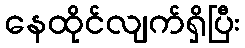
နေထိုင်လျက်ရှိပြီး